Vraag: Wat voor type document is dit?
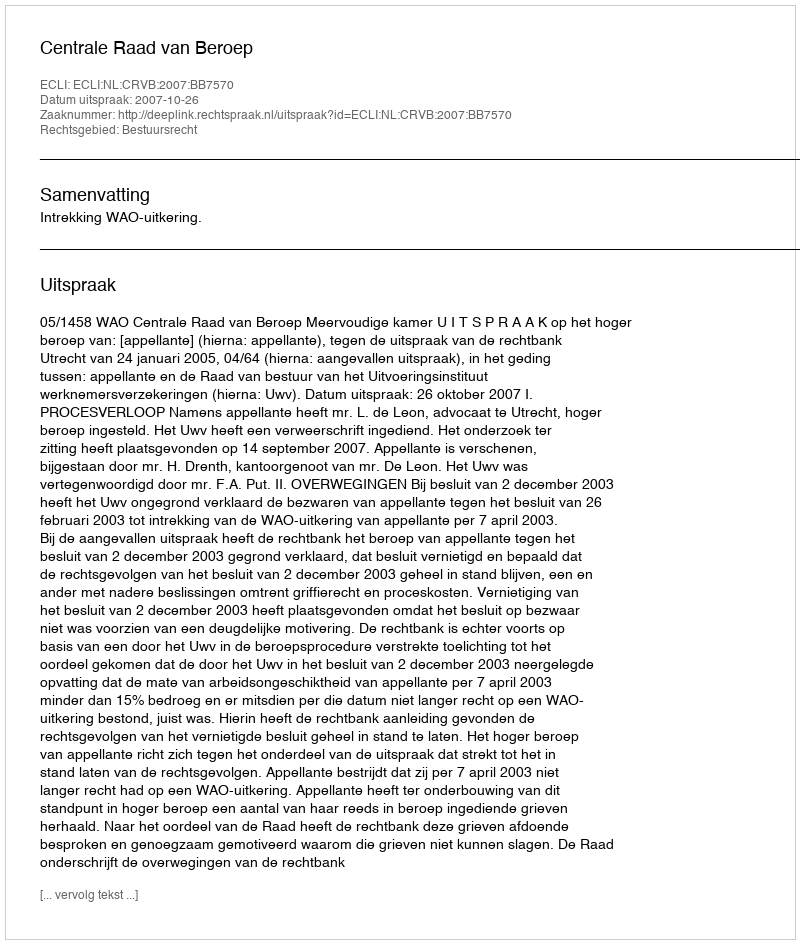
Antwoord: Uitspraak